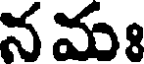
న మః